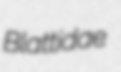
Blattidae